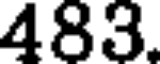
483.